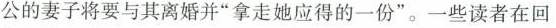
公的妻子将要与其离婚并”拿走她应得的一份”。一些读者在回